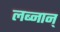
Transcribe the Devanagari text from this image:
लब्नान्